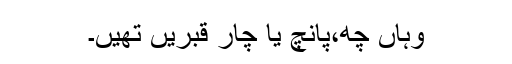
وہاں چھ،پانچ یا چار قبریں تھیں۔